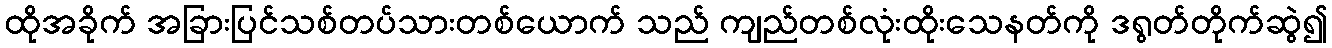
ထိုအခိုက် အခြားပြင်သစ်တပ်သားတစ်ယောက် သည် ကျည်တစ်လုံးထိုးသေနတ်ကို ဒရွတ်တိုက်ဆွဲ၍